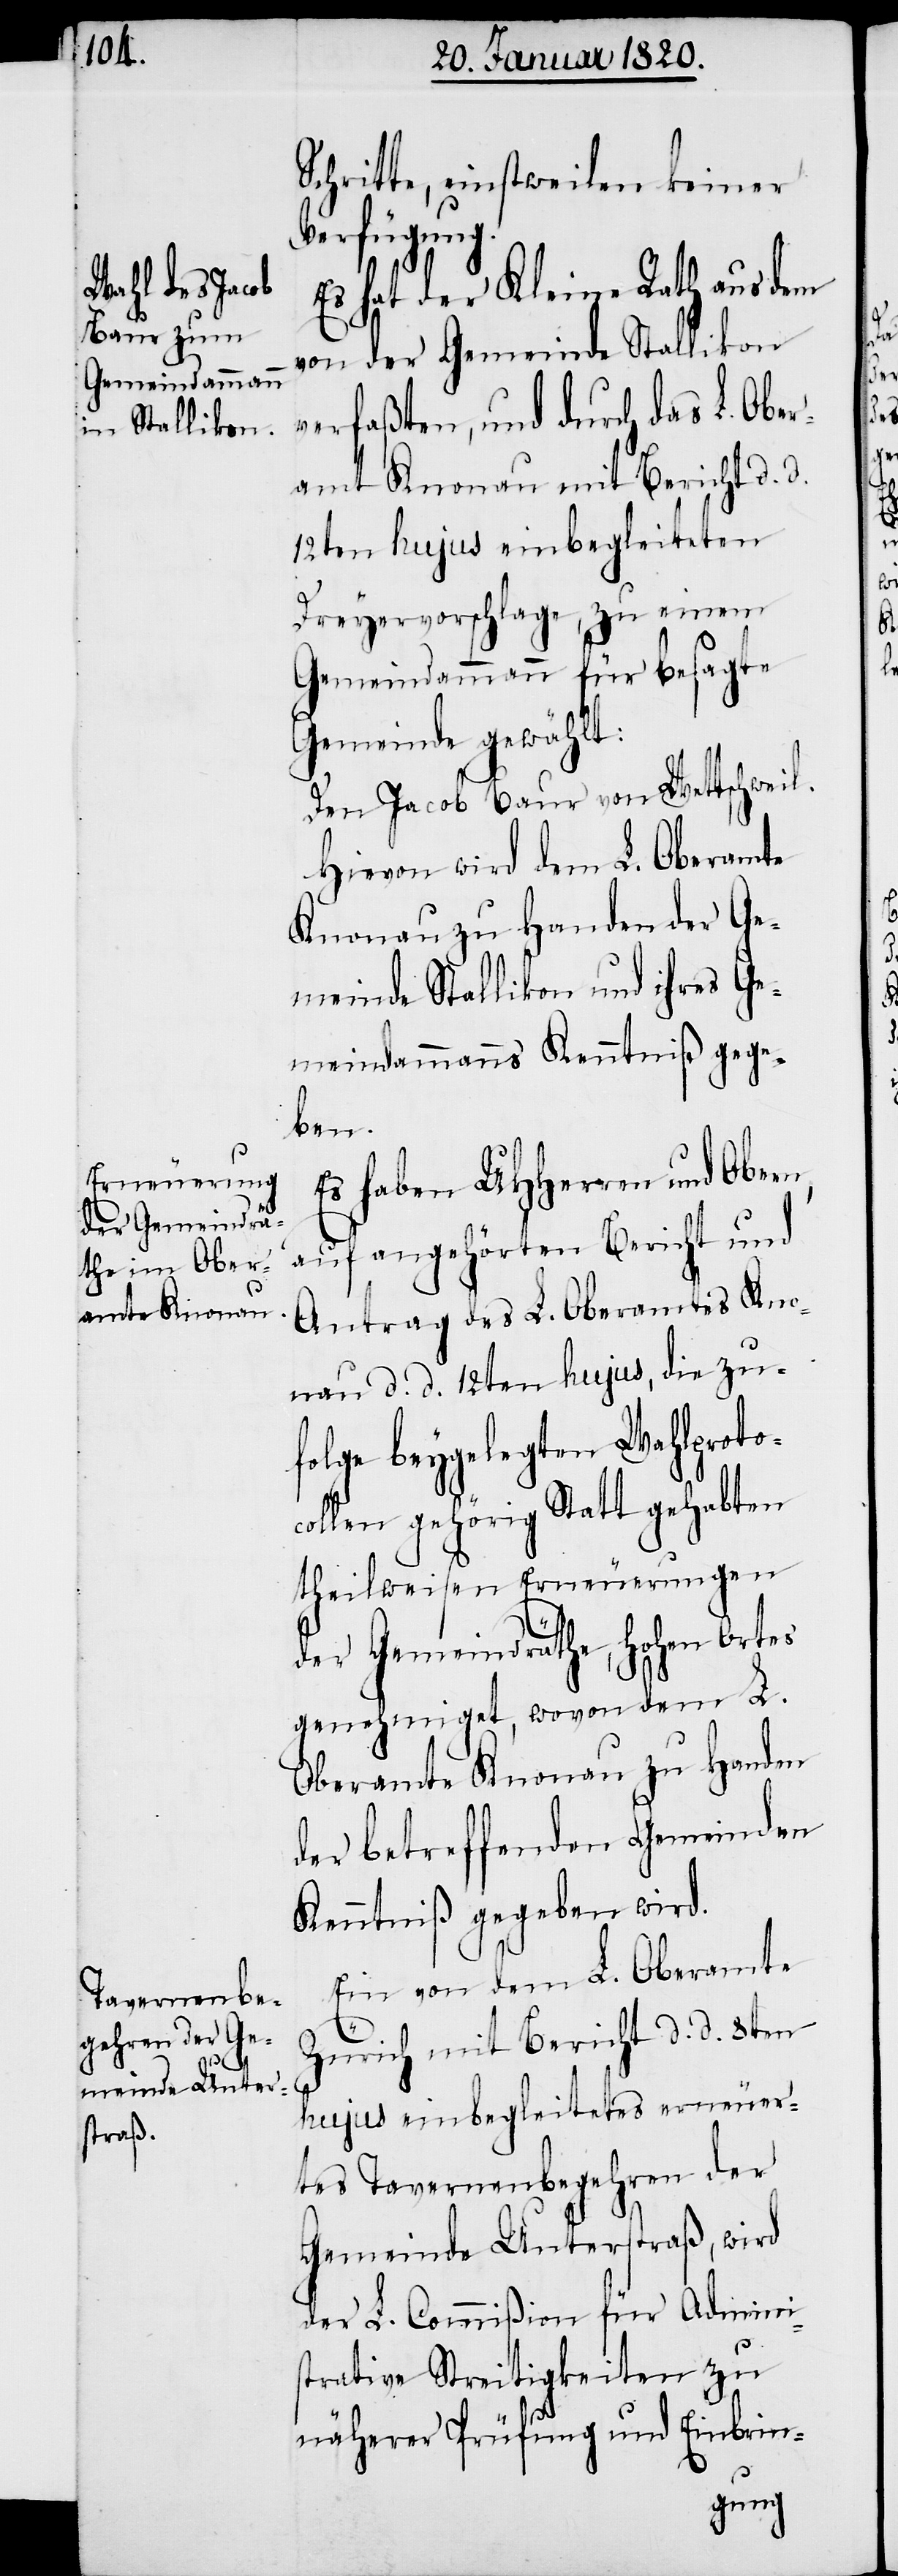
Schritte, einstweilen keiner
Verfügung.
Es hat der Kleine Rath aus dem
von der Gemeinde Stallikon
verfaßten, und durch das L. Ober¬
amt Knonau mit Bericht d. d.
12ten hujus einbegleiteten
Dreyervorschlage, zu einem
Gemeindammann für besagte
Gemeinde gewählt:
Den Jacob Baur von Wettschweil.
Hievon wird dem L. Oberamte
Knonau zu Handen der Ge¬
meinde Stallikon und ihres Ge¬
meindammanns Kenntniß gege¬
ben.
Es haben UHHerren und Obern,
auf angehörten Bericht und
Antrag des L. Oberamtes Kno¬
nau d d 12ten hujus, die zu¬
folge beygelegten Wahlproto¬
collen gehörig Statt gehabten
theilweisen Erneuerungen
der Gemeindräthe, Hohen Ortes
genehmiget, wovon dem L.
Oberamte Knonau zu Handen
der betreffenden Gemeinden
Kenntniß gegeben wird.
Ein von dem L. Oberamte
Zürich einbegleitetes erneuer¬
tes Tavernenbegehren der
Gemeinde Unterstraß, wird
der L. Commißion für Admini¬
strative Streitigkeiten zu
näherer Prüfung und Einbrin-